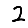
Digit: 2